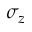
\sigma _ { z }